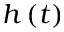
h \left( t \right)